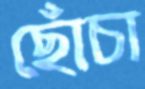
ছোঁচা